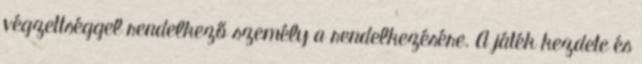
végzettséggel rendelkező személy a rendelkezésére. A játék kezdete és